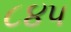
૮૪૫